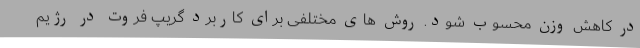
در کاهش وزن محسوب شود. روش های مختلفی برای کاربرد گریپ فروت در رژیم